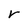
Character: r